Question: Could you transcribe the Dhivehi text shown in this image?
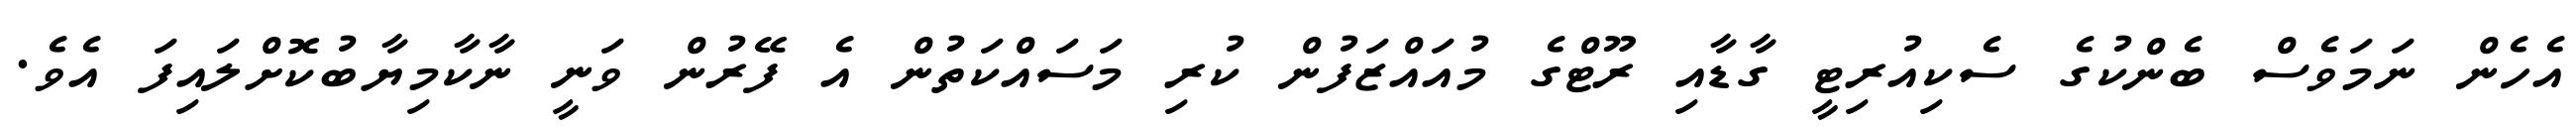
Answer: އެހެން ނަމަވެސް ބެންކުގެ ސެކިއުރިޓީ ގާޑާއި ރޫޓްގެ މުއައްޒަފުން ކުރި މަސައްކަތުން އެ ފޭރުން ވަނީ ނާކާމިޔާބުކޮށްލައިފަ އެވެ.